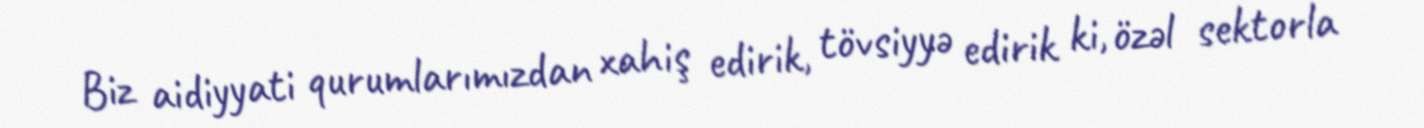
Biz aidiyyati qurumlarımızdan xahiş edirik, tövsiyyə edirik ki, özəl sektorla